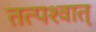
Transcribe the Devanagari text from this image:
तत्‍पश्‍वात्